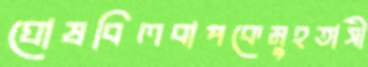
ঘোষবিলবাপকেমুহতাসী